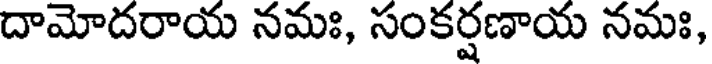
దామోదరాయ నమః, సంకర్షణాయ నమః,